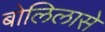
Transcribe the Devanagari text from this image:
बोलिलासे